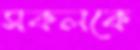
সকলকে